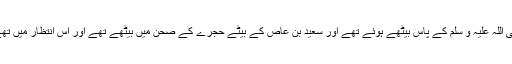
" ابوبکر صدیق رضی اللہ عنہ بھی نبی صلی اللہ علیہ و سلم کے پاس بیٹھے ہوئے تھے اور سعید بن عاص کے بیٹے حجرے کے صحن میں بیٹھے تھے اور اس انتظار میں تھے کہ ان کو اندر آنے کی اجازت دی جائے۔